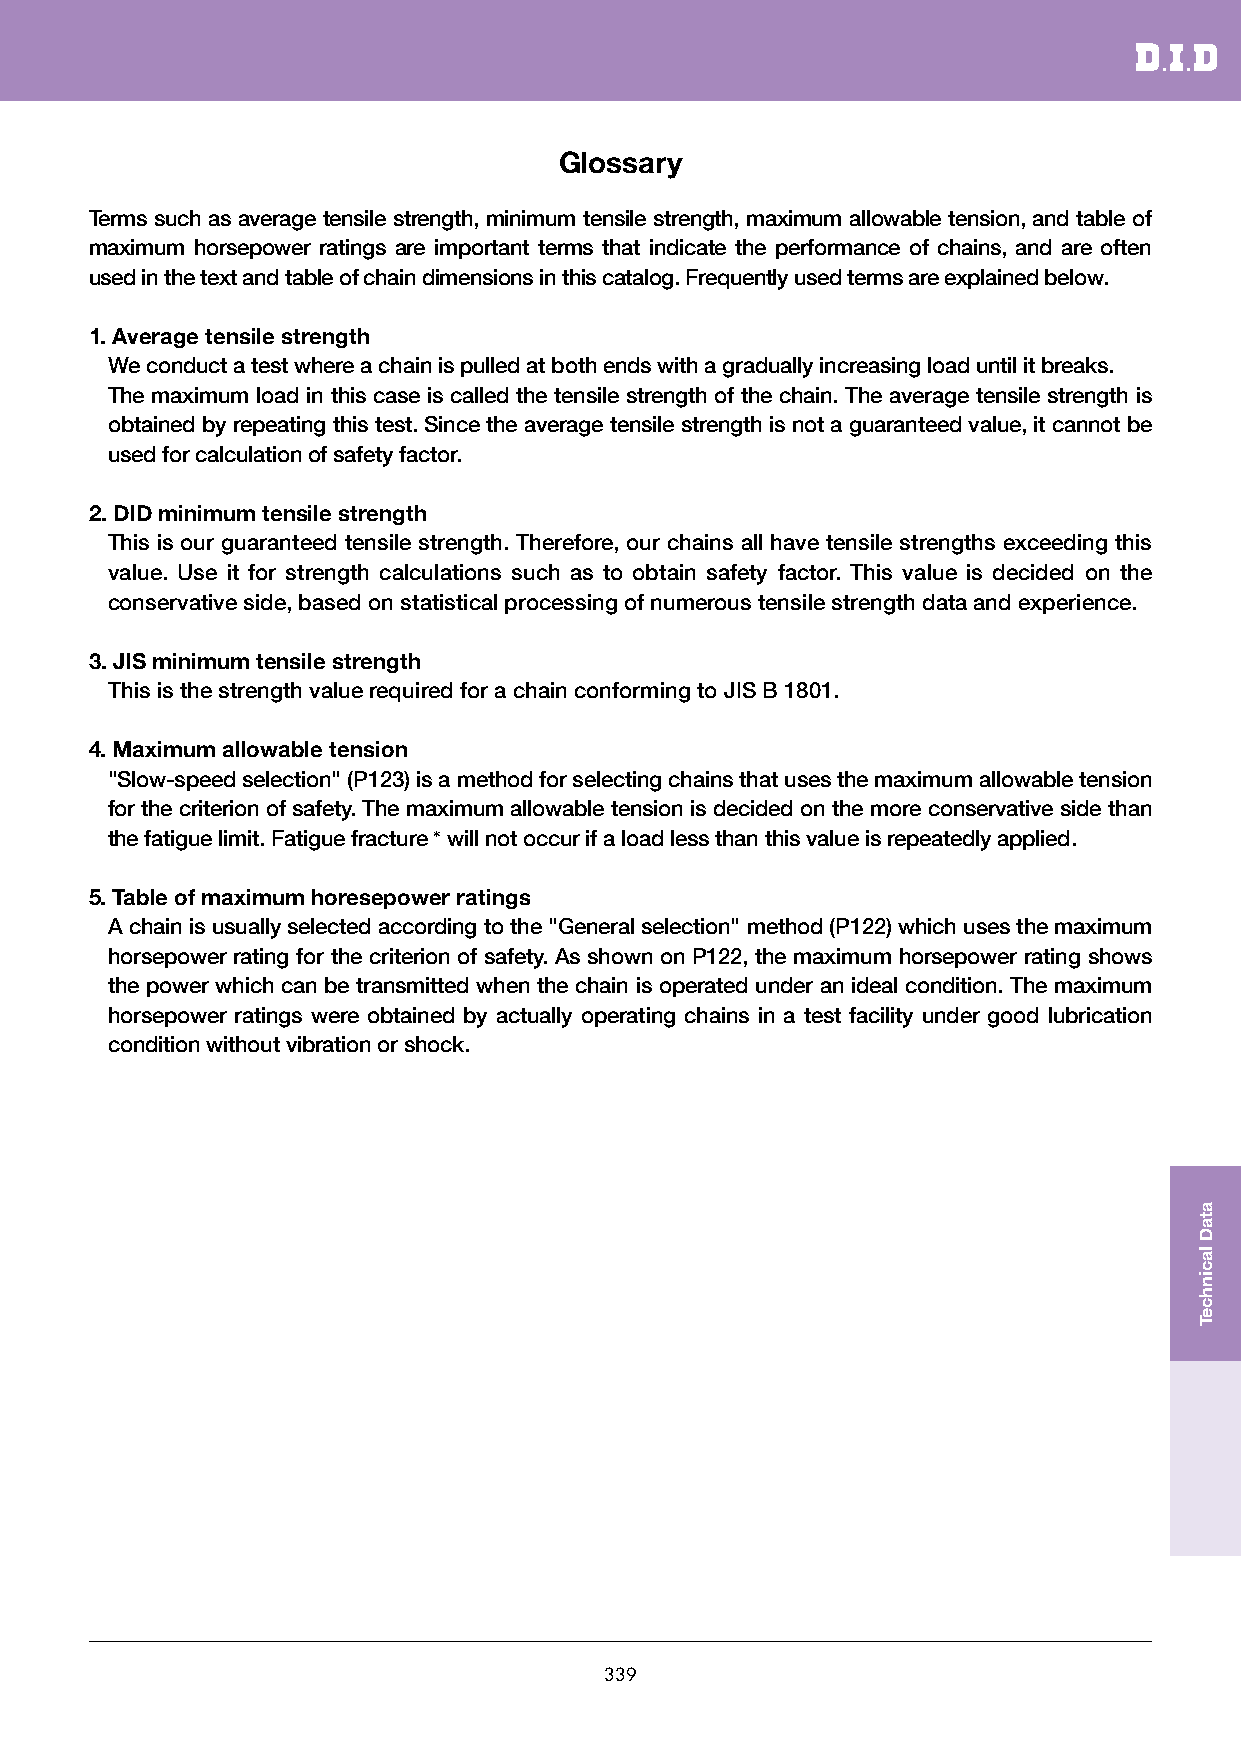
Glossary
 Terms such as average tensile strength, minimum tensile strength, maximum allowable tension, and table of
 maximum horsepower ratings are important terms that indicate the performance of chains, and are often
 used in the text and table of chain dimensions in this catalog. Frequently used terms are explained below.
 1. Average tensile strength
 We conduct a test where a chain is pulled at both ends with a gradually increasing load until it breaks.
 The maximum load in this case is called the tensile strength of the chain. The average tensile strength is
 obtained by repeating this test. Since the average tensile strength is not a guaranteed value, it cannot be
 used for calculation of safety factor.
 2. DID minimum tensile strength
 This is our guaranteed tensile strength. Therefore, our chains all have tensile strengths exceeding this
 value. Use it for strength calculations such as to obtain safety factor. This value is decided on the
 conservative side, based on statistical processing of numerous tensile strength data and experience.
 3. JIS minimum tensile strength
 This is the strength value required for a chain conforming to JIS B 1801.
 4. Maximum allowable tension
 "Slow-speed selection" (P123) is a method for selecting chains that uses the maximum allowable tension
 for the criterion of safety. The maximum allowable tension is decided on the more conservative side than
 the fatigue limit. Fatigue fracture＊ will not occur if a load less than this value is repeatedly applied.
 5. Table of maximum horesepower ratings
 A chain is usually selected according to the "General selection" method (P122) which uses the maximum
 horsepower rating for the criterion of safety. As shown on P122, the maximum horsepower rating shows
 the power which can be transmitted when the chain is operated under an ideal condition. The maximum
 horsepower ratings were obtained by actually operating chains in a test facility under good lubrication
 condition without vibration or shock.
 339
 ataD
 lacinhceT